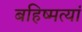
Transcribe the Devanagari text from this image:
बहिष्मत्यां